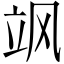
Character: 飒